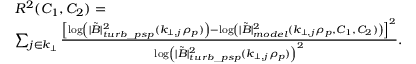
\begin{array} { r l } & { R ^ { 2 } ( C _ { 1 } , C _ { 2 } ) = } \\ & { \sum _ { j \in k _ { \perp } } \frac { \left[ \log \left( | \tilde { B } | _ { t u r b \_ p s p } ^ { 2 } ( k _ { \perp , j } \rho _ { p } ) \right) - \log \left( | \tilde { B } | _ { m o d e l } ^ { 2 } ( k _ { \perp , j } \rho _ { p } , C _ { 1 } , C _ { 2 } ) \right) \right] ^ { 2 } } { \log \left( | \tilde { B } | _ { t u r b \_ p s p } ^ { 2 } ( k _ { \perp , j } \rho _ { p } ) \right) ^ { 2 } } . } \end{array}